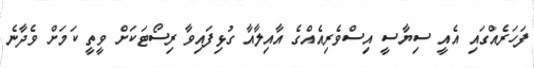
ފަހަރެއްގައި އެއީ ސިޔާސީ އިސްވެރިއެއްގެ އާއިލާއާ ގުޅިފައިވާ ރިސޯޓަކަށް ވީތީ ކަމަށް ވެދާނެ